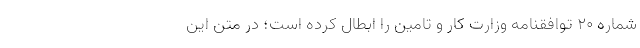
شماره ۲۰ توافقنامه وزارت کار و تامین را ابطال کرده است؛ در متن این